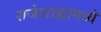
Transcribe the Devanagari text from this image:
राजेशाह्यांमध्ये